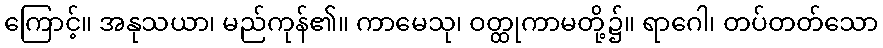
ကြောင့်။ အနုသယာ၊ မည်ကုန်၏။ ကာမေသု၊ ဝတ္ထုကာမတို့၌။ ရာဂေါ၊ တပ်တတ်သော